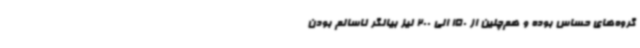
گروه‌های حساس بوده و هم‌چنین از 150 الی 200 نیز بیانگر ناسالم بودن